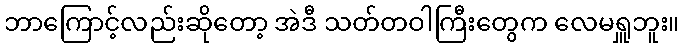
ဘာကြောင့်လည်းဆိုတော့ အဲဒီ သတ်တဝါကြီးတွေက လေမရှူဘူး။